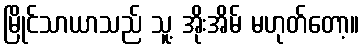
မြိုင်သာယာသည် သူ့ အိုးအိမ် မဟုတ်တော့။